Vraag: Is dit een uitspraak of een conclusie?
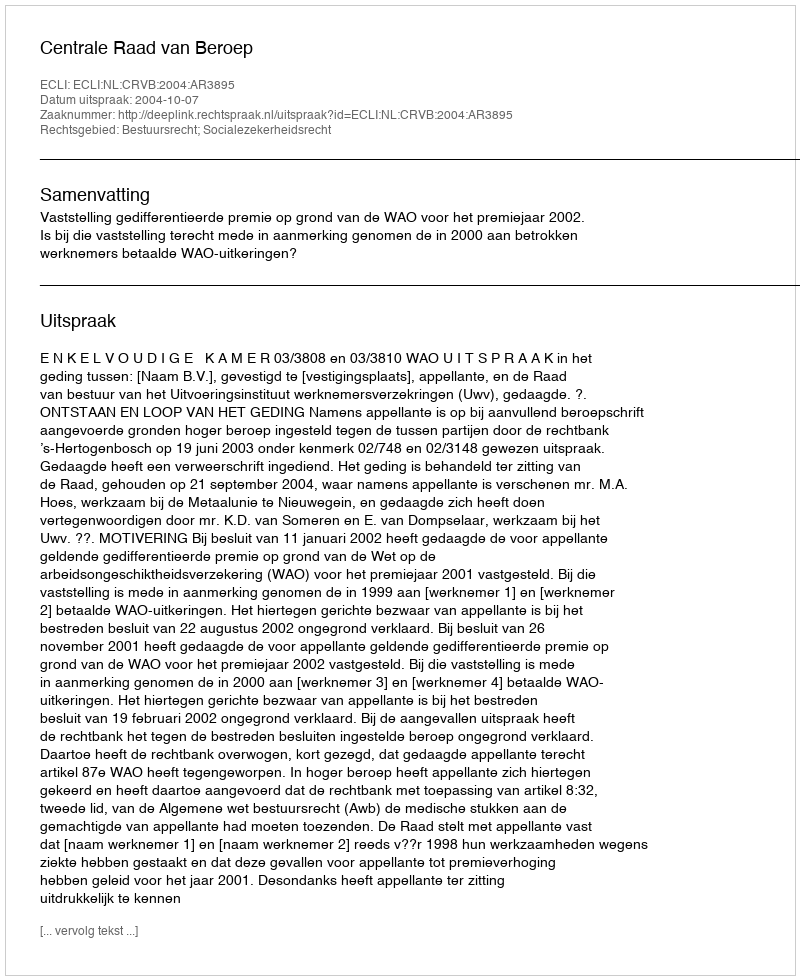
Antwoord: Uitspraak